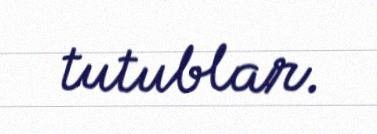
tutublar.